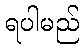
ရပါမည်